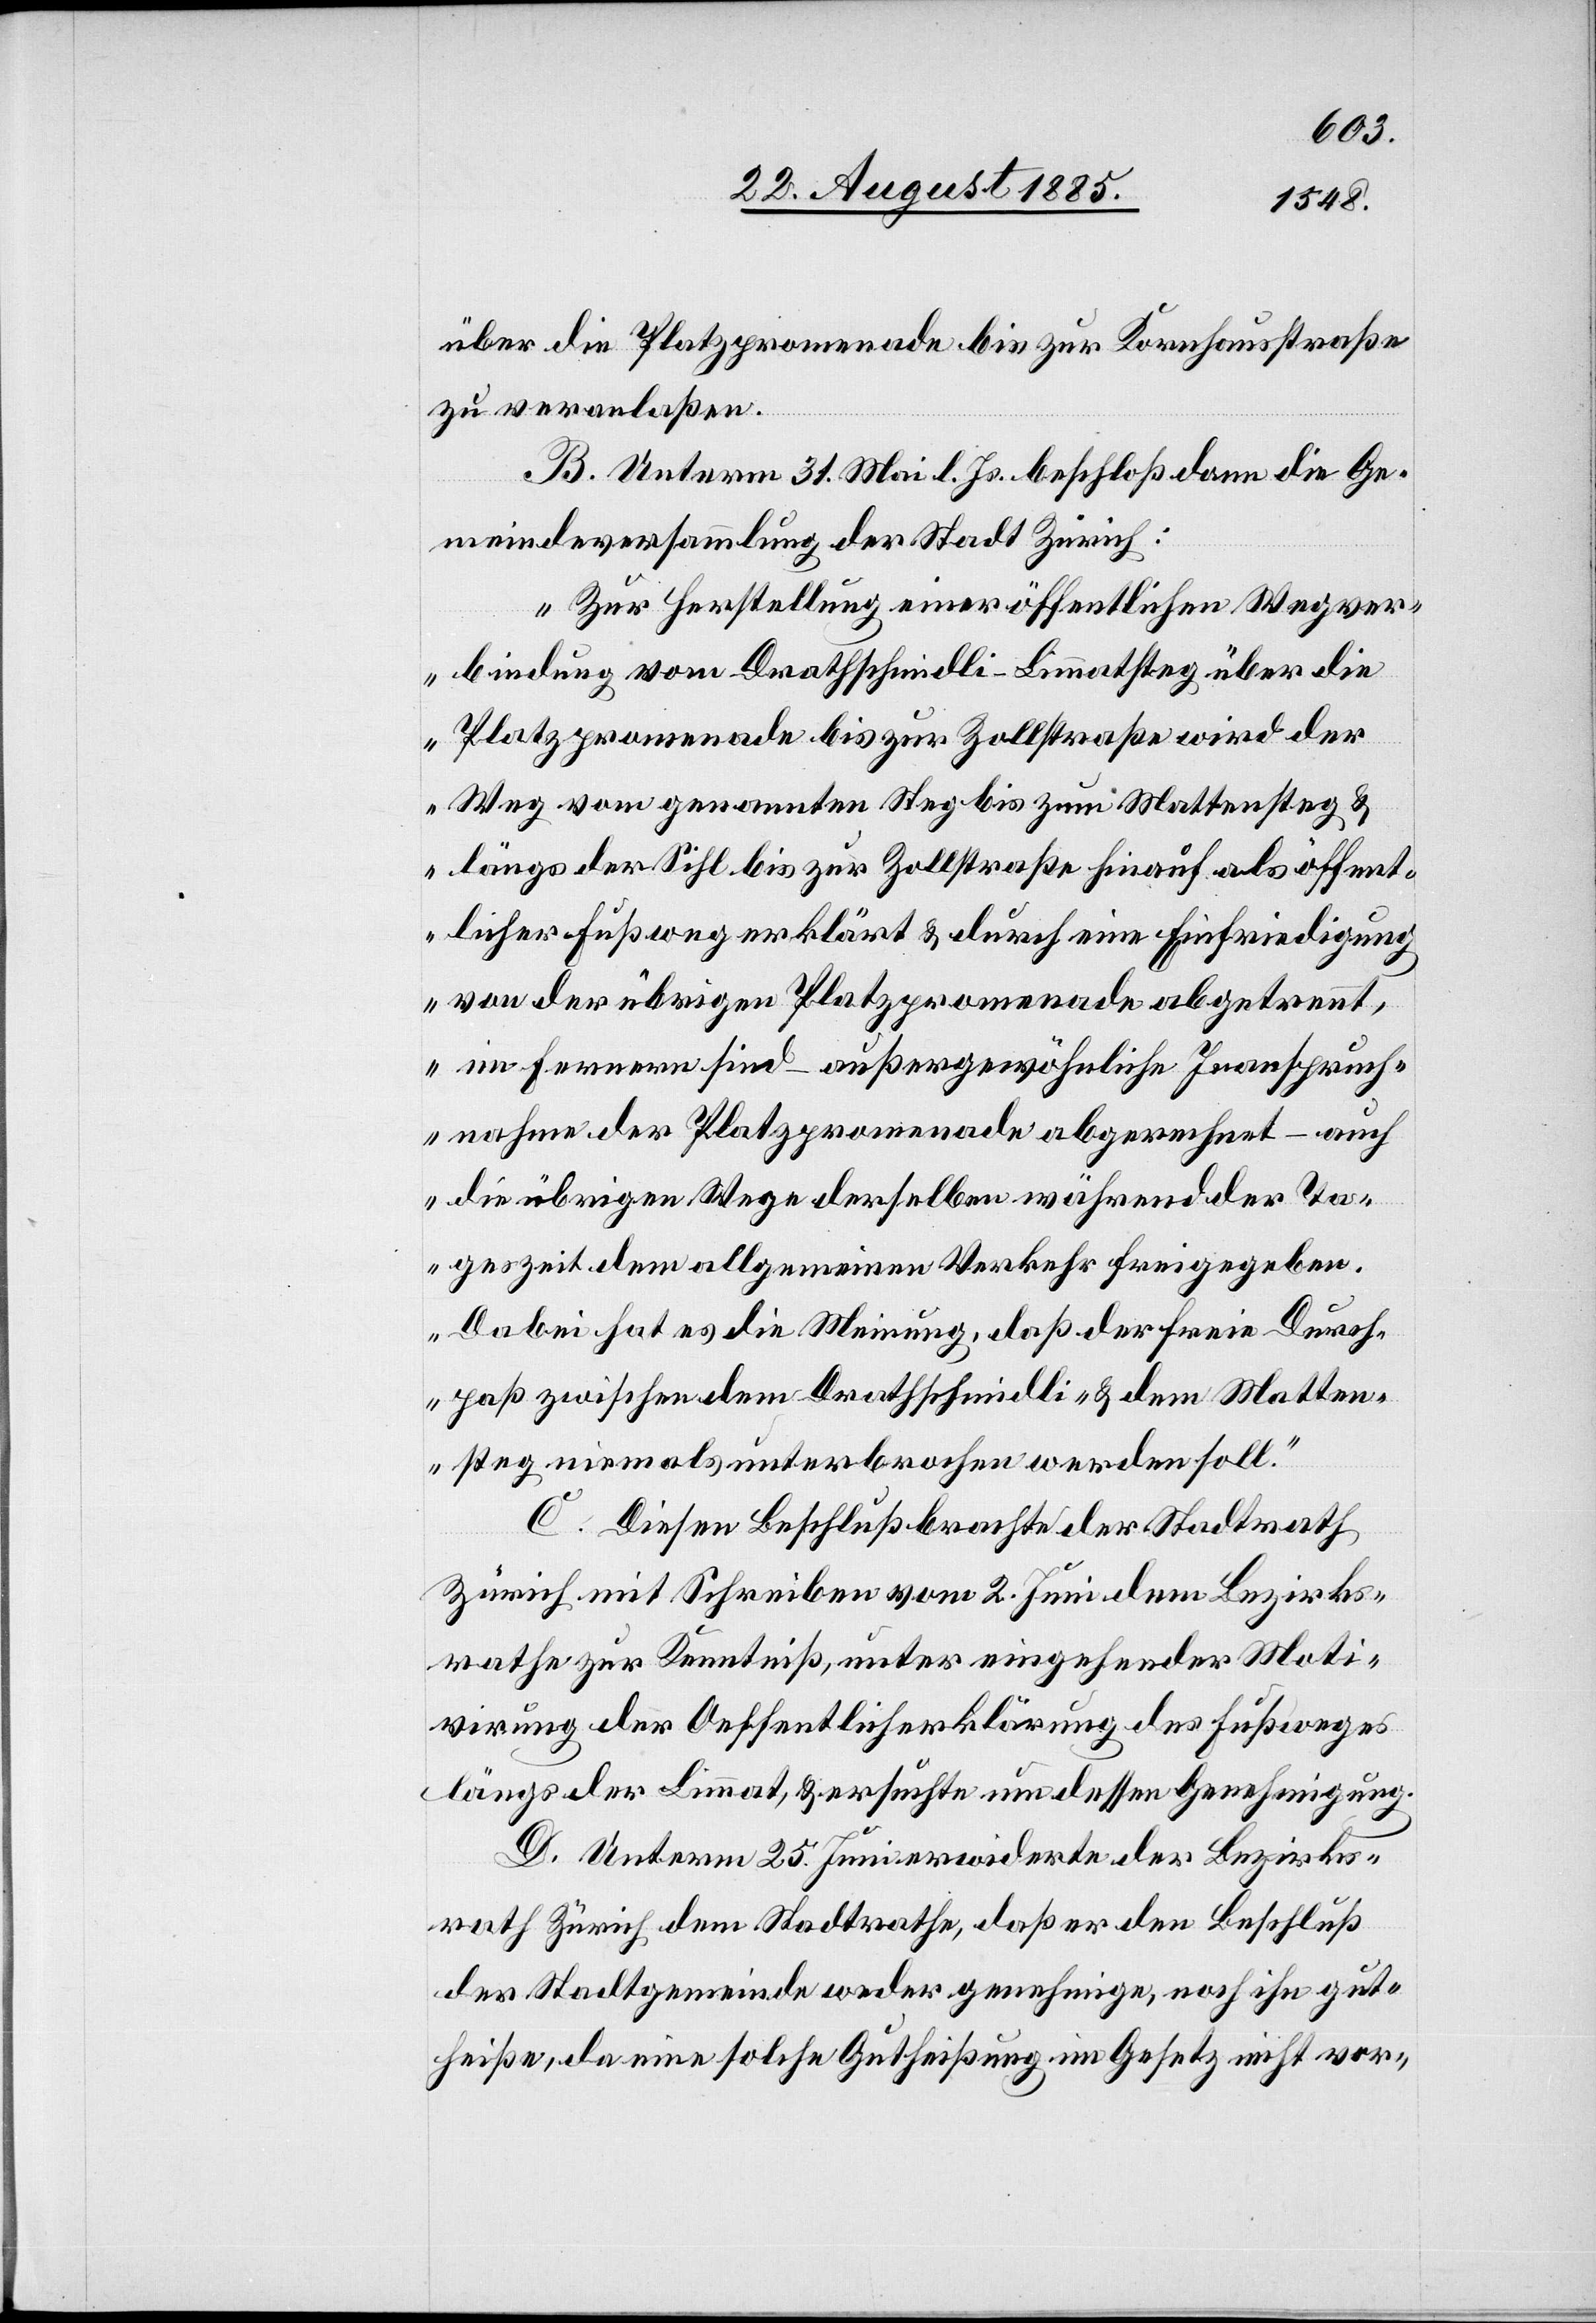
über die Platzpromenade bis zur Kornhausstraße
zu veranlaßen.
B. Unterm 31. Mai l. Js. beschloß dann die Ge¬
meindeversammlung der Stadt Zürich:
„Zur Herstellung einer öffentlichen Wegver¬
bindung vom Drathschmidli-Limmatsteg über die
Platzpromenade bis zur Zollstraße wird der
Weg vom genannten Steg bis zum Mattensteg &
längs der Sihl bis zur Zollstraße hinauf als öffent¬
licher Fußweg erklärt & durch eine Einfriedigung
von der übrigen Platzpromenade abgetrennt,
im Fernern sind – außergewöhnliche Inanspruch¬
nahme der Platzpromenade abgerechnet – auch
die übrigen Wege derselben während der Ta¬
geszeit dem allgemeinen Verkehr freigegeben.
Dabei hat es die Meinung, daß der freie Durch¬
paß zwischen dem Drathschmidli- & dem Matten¬
steg niemals unterbrochen werden soll.“
C. Diesen Beschluß brachte der Stadtrath
Zürich mit Schreiben vom 2. Juni dem Bezirks¬
rathe zur Kenntniß, unter eingehender Moti¬
virung der Oeffentlicherklärung des Fußweges
längs der Limmat, & ersuchte um dessen Genehmigung.
D. Unterm 25. Juni erwiderte der Bezirks¬
rath Zürich dem Stadtrathe, daß er den Beschluß
der Stadtgemeinde weder genehmige, noch ihn gut¬
heiße, da eine solche Gutheißung im Gesetz nicht vor-